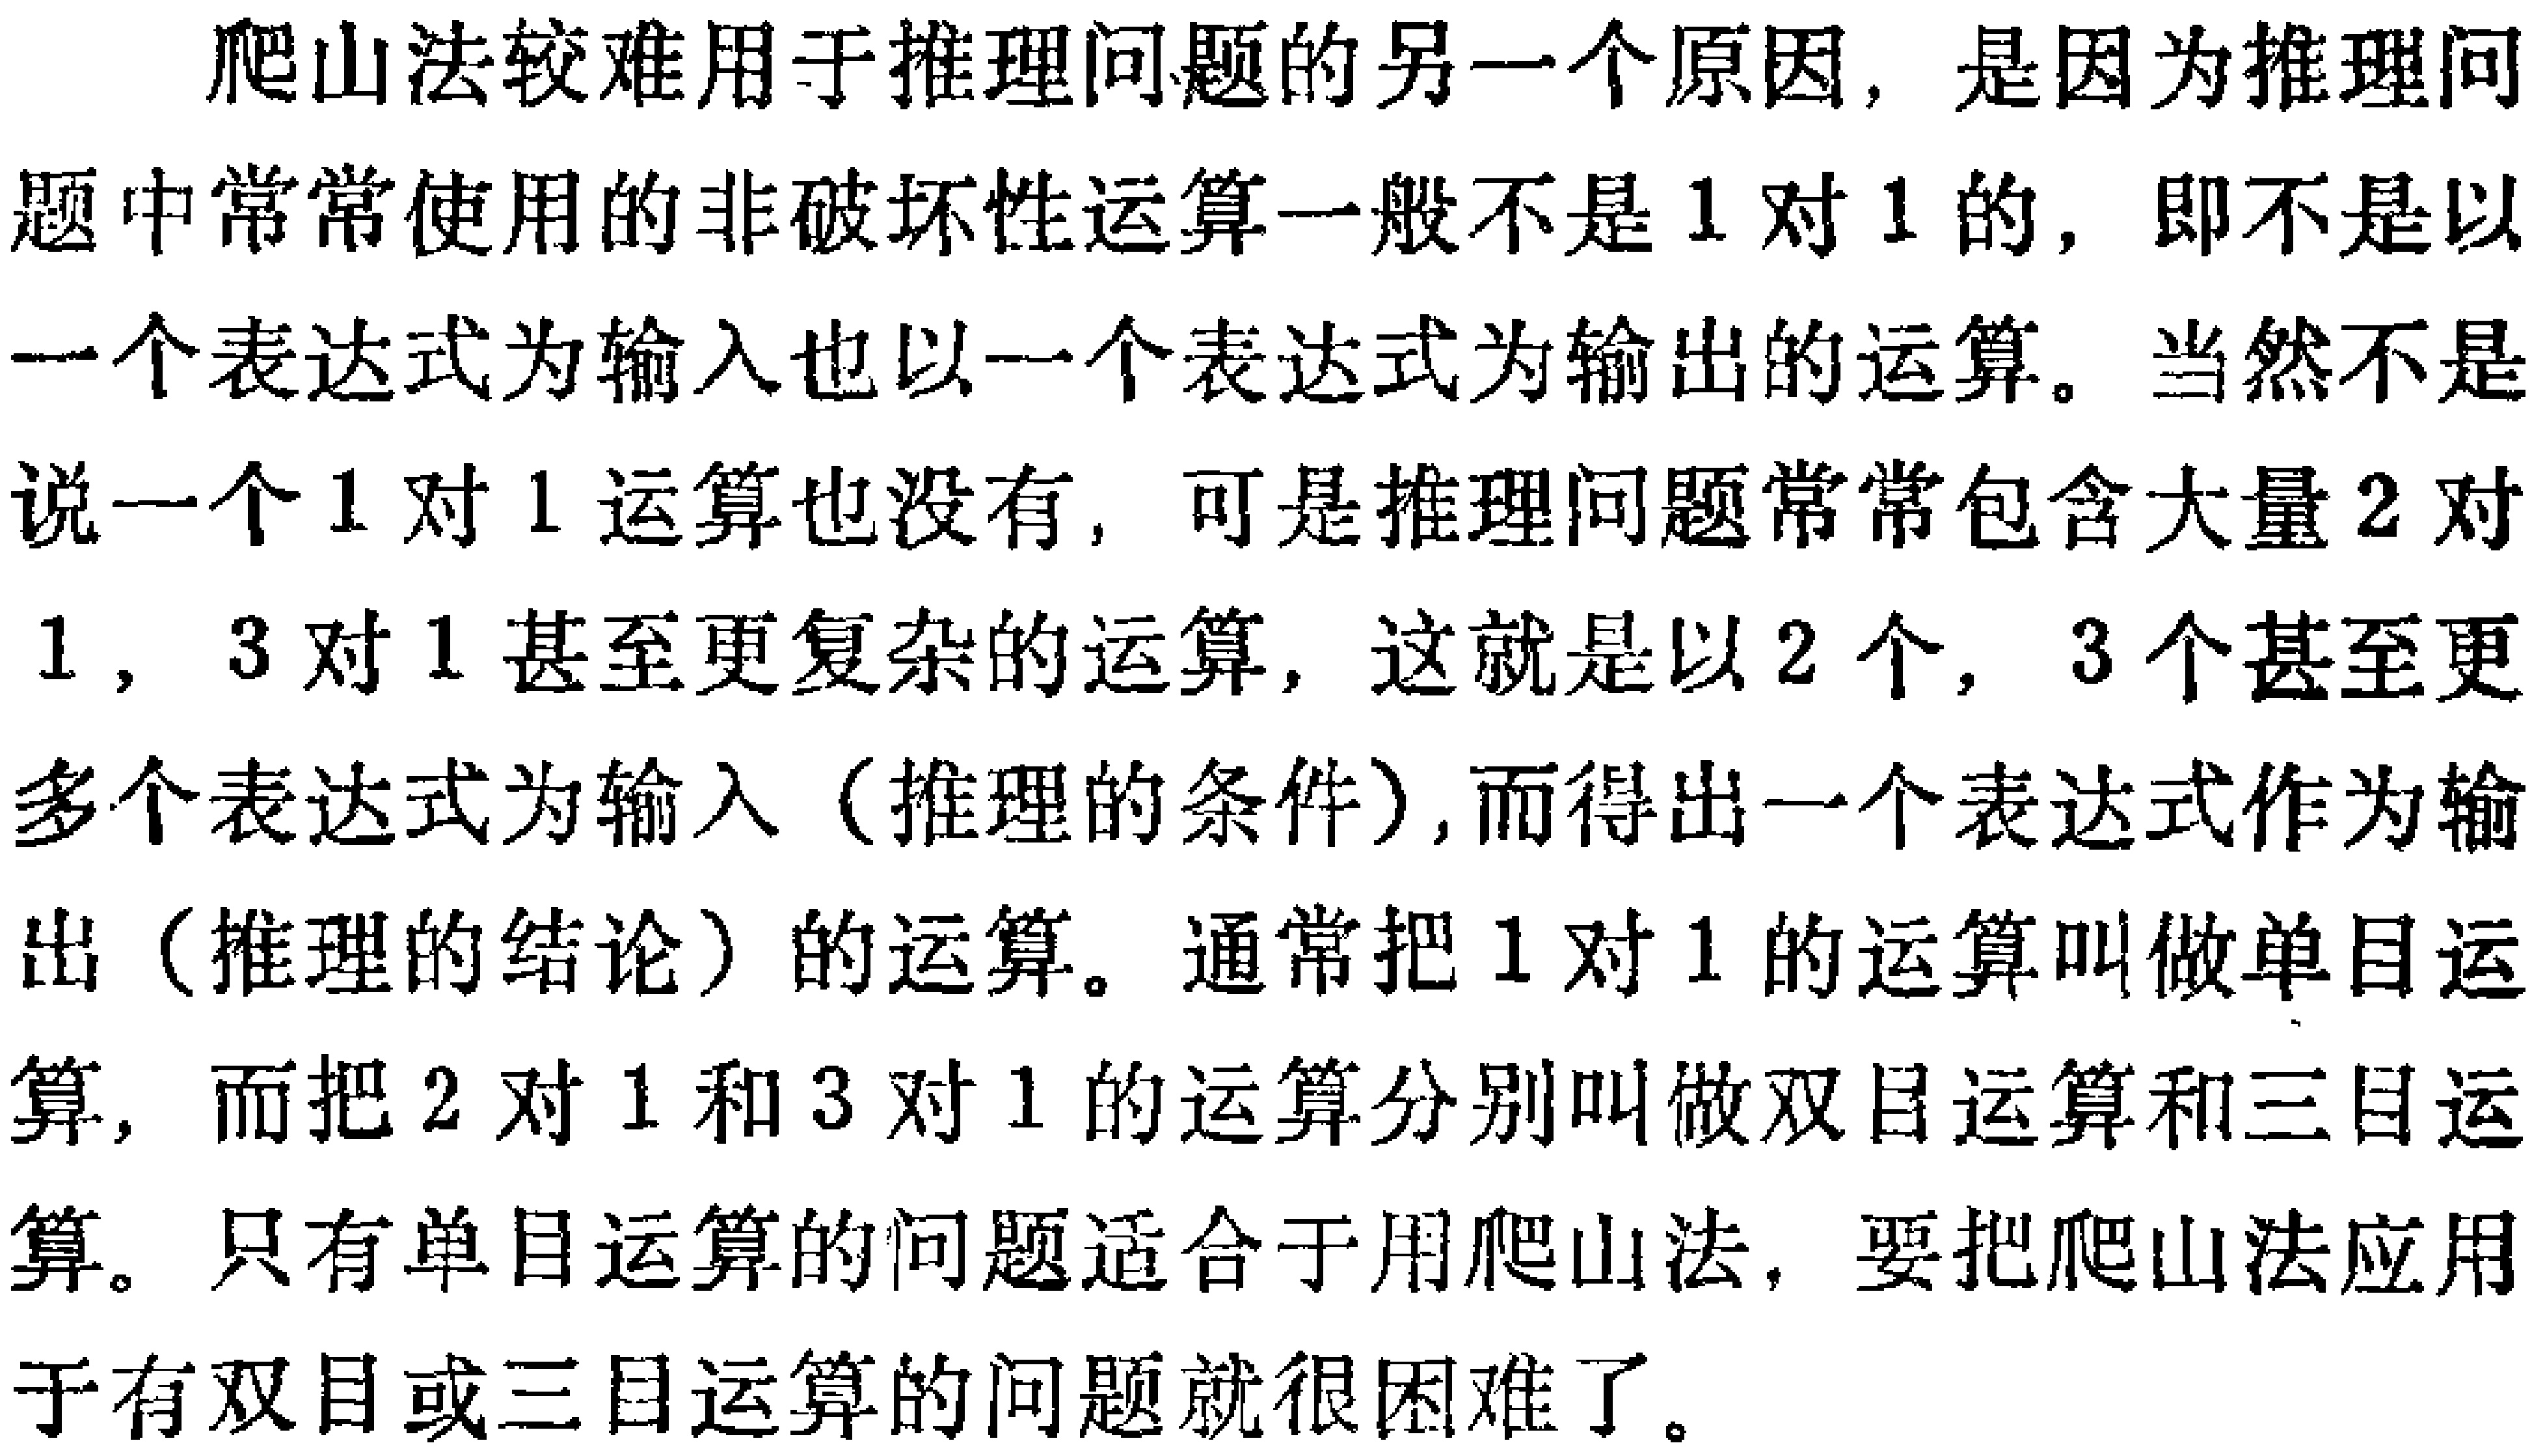
爬山法较难用于推理问题的另一个原因, 是因为推理问题中常常使用的非破坏性运算一般不是 1 对 1 的, 即不是以一个表达式为输入也以一个表达式为输出的运算。当然不是说一个 1 对 1 运算也没有, 可是推理问题常常包含大量 2 对 1, 3 对 1 甚至更复杂的运算, 这就是以 2 个, 3 个甚至更多个表达式为输入（推理的条件）,而得出一个表达式作为输出（推理的结论）的运算。通常把 1 对 1 的运算叫做单目运算, 而把 2 对 1 和 3 对 1 的运算分别叫做双目运算和三目运算。只有单目运算的问题适合于用爬山法, 要把爬山法应用于有双目或三目运算的问题就很困难了。